Source: Computer-generated
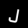
Digit: ၂ (2)